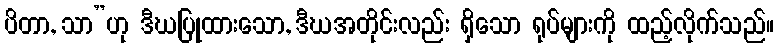
ပိတာ, သာ”ဟု ဒီဃပြုထားသော, ဒီဃအတိုင်းလည်း ရှိသော ရုပ်များကို ထည့်လိုက်သည်။